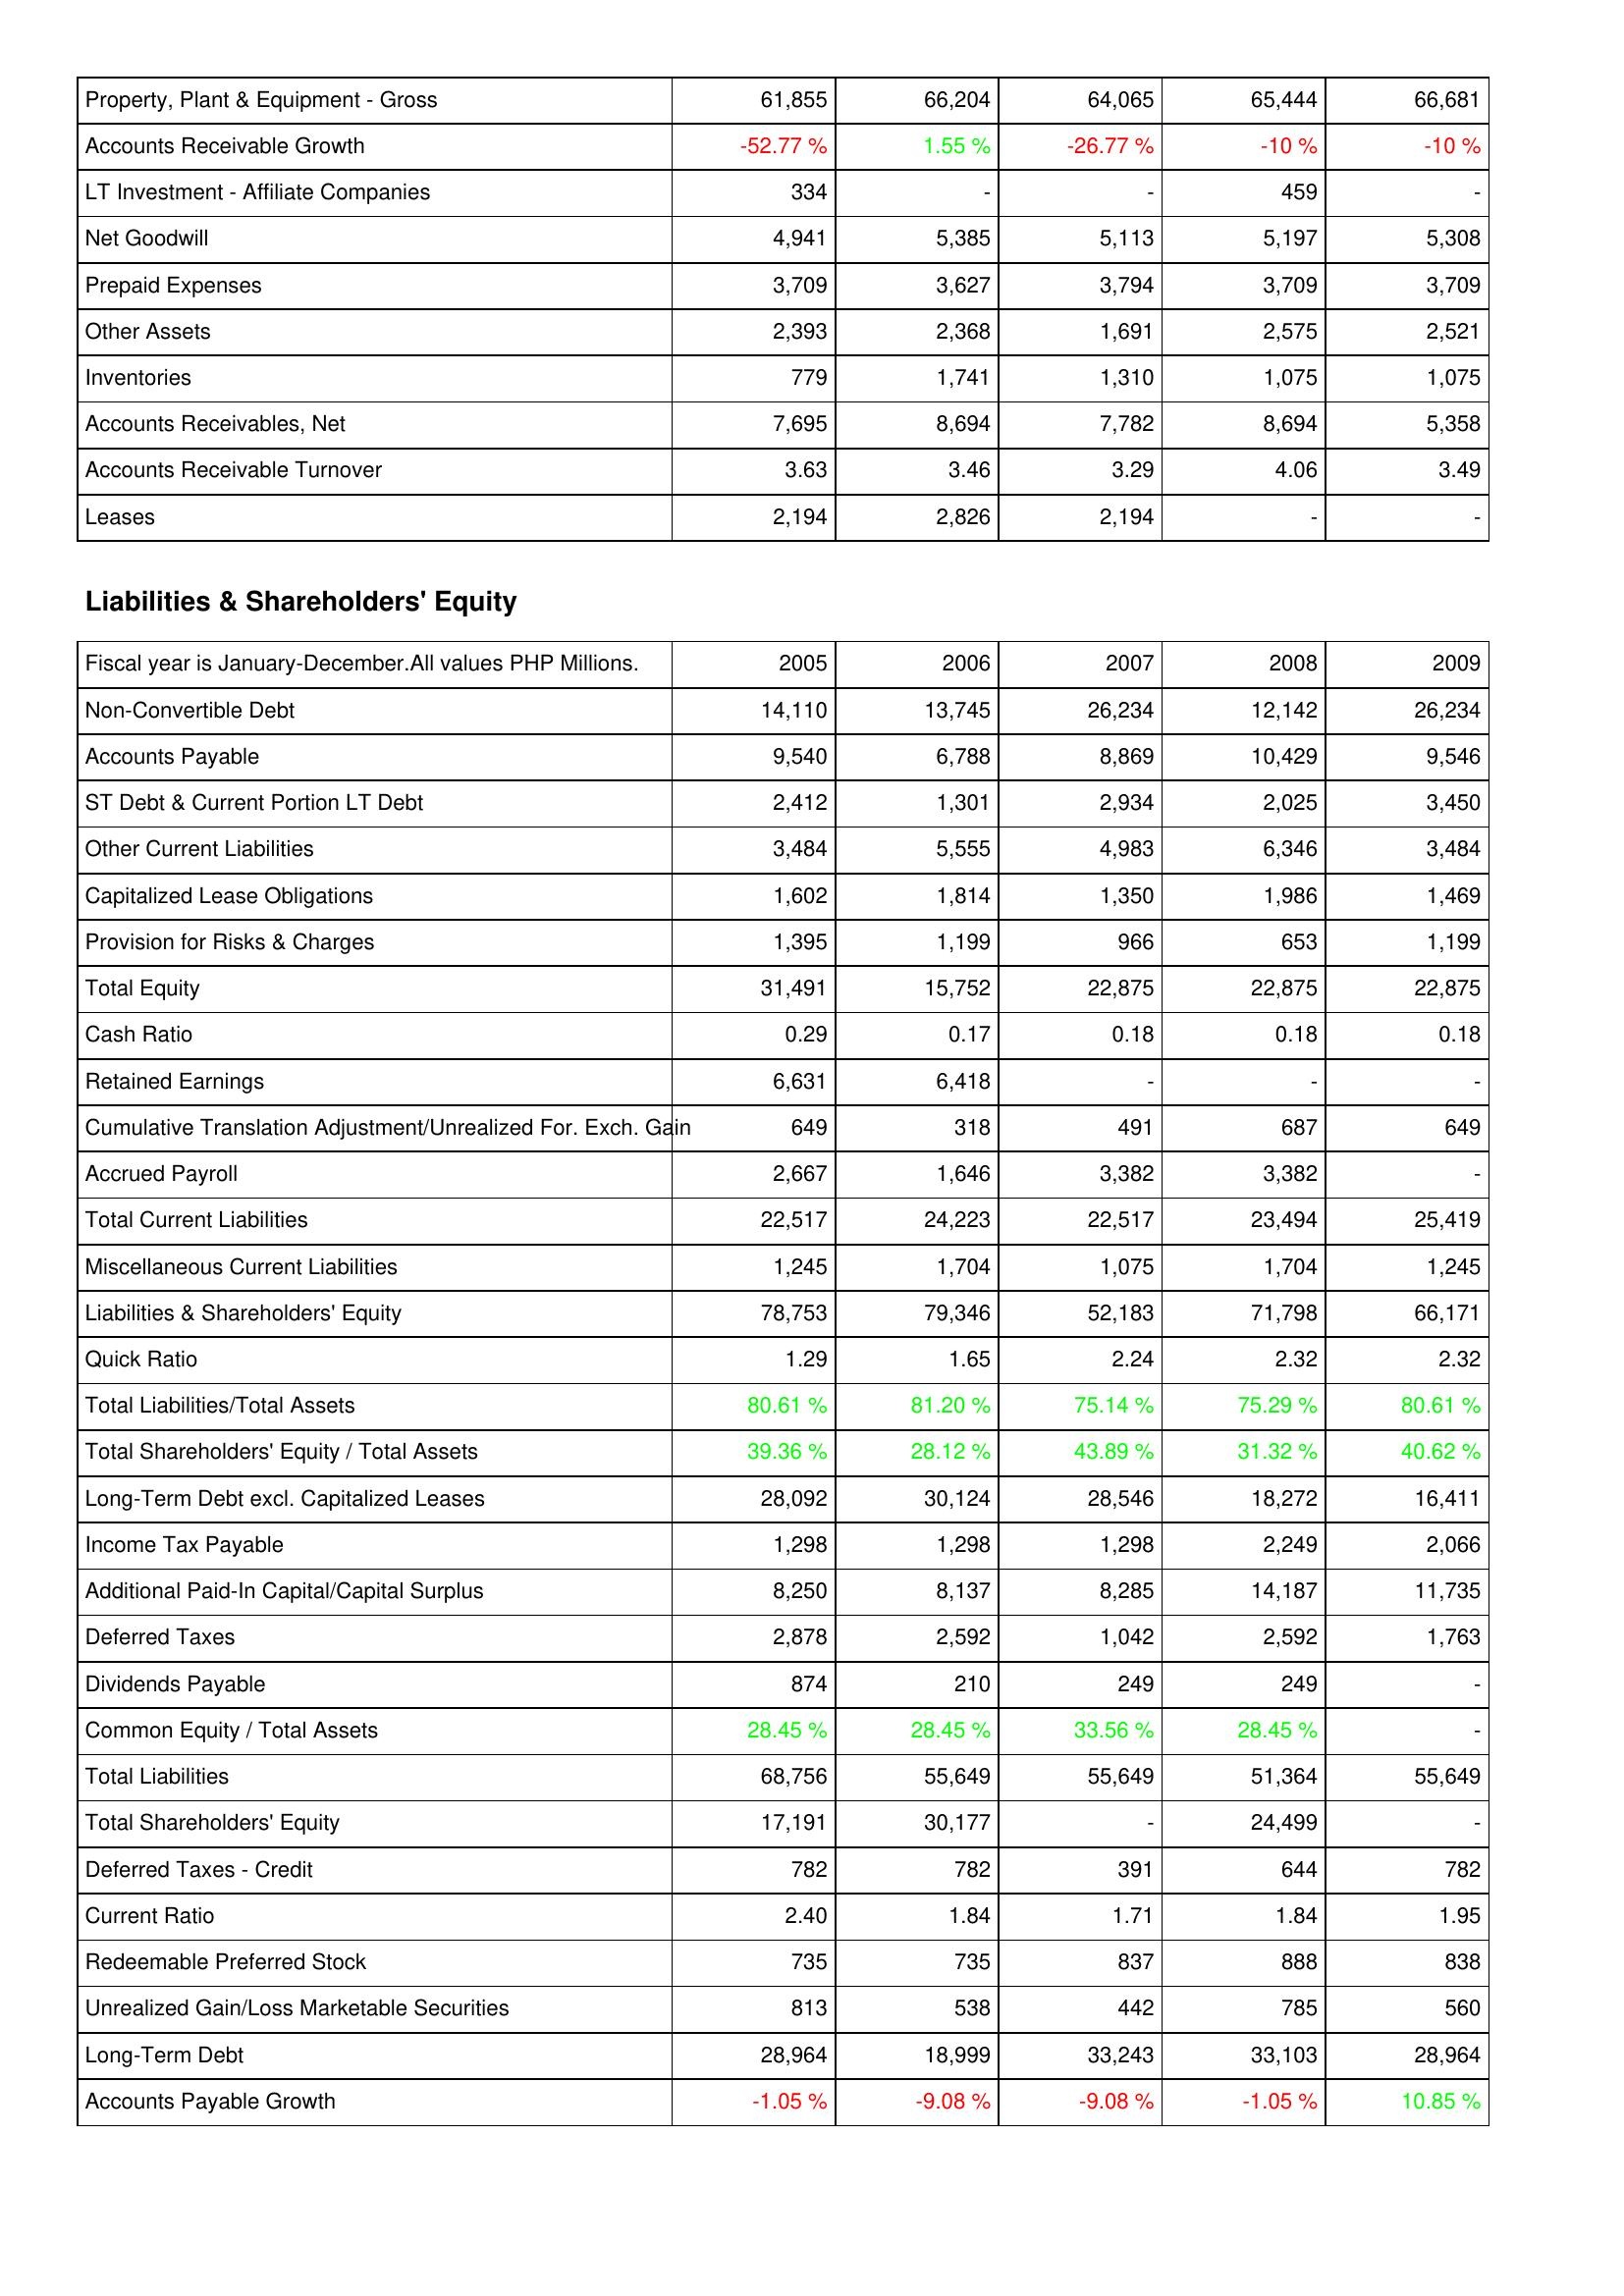
2005: Assets: Property, Plant & Equipment - Gross: 61,855
Accounts Receivable Growth: -52.77 %
LT Investment - Affiliate Companies: 334
Net Goodwill: 4,941
Prepaid Expenses: 3,709
Other Assets: 2,393
Inventories: 779
Accounts Receivables, Net: 7,695
Accounts Receivable Turnover: 3.63
Leases: 2,194
Liabilities & Shareholders' Equity: Non-Convertible Debt: 14,110
Accounts Payable: 9,540
ST Debt & Current Portion LT Debt: 2,412
Other Current Liabilities: 3,484
Capitalized Lease Obligations: 1,602
Provision for Risks & Charges: 1,395
Total Equity: 31,491
Cash Ratio: 0.29
Retained Earnings: 6,631
Cumulative Translation Adjustment/Unrealized For. Exch. Gain: 649
Accrued Payroll: 2,667
Total Current Liabilities: 22,517
Miscellaneous Current Liabilities: 1,245
Liabilities & Shareholders' Equity: 78,753
Quick Ratio: 1.29
Total Liabilities/Total Assets: 80.61 %
Total Shareholders' Equity / Total Assets: 39.36 %
Long-Term Debt excl. Capitalized Leases: 28,092
Income Tax Payable: 1,298
Additional Paid-In Capital/Capital Surplus: 8,250
Deferred Taxes: 2,878
Dividends Payable: 874
Common Equity / Total Assets: 28.45 %
Total Liabilities: 68,756
Total Shareholders' Equity: 17,191
Deferred Taxes - Credit: 782
Current Ratio: 2.40
Redeemable Preferred Stock: 735
Unrealized Gain/Loss Marketable Securities: 813
Long-Term Debt: 28,964
Accounts Payable Growth: -1.05 %
2006: Assets: Property, Plant & Equipment - Gross: 66,204
Accounts Receivable Growth: 1.55 %
LT Investment - Affiliate Companies: -
Net Goodwill: 5,385
Prepaid Expenses: 3,627
Other Assets: 2,368
Inventories: 1,741
Accounts Receivables, Net: 8,694
Accounts Receivable Turnover: 3.46
Leases: 2,826
Liabilities & Shareholders' Equity: Non-Convertible Debt: 13,745
Accounts Payable: 6,788
ST Debt & Current Portion LT Debt: 1,301
Other Current Liabilities: 5,555
Capitalized Lease Obligations: 1,814
Provision for Risks & Charges: 1,199
Total Equity: 15,752
Cash Ratio: 0.17
Retained Earnings: 6,418
Cumulative Translation Adjustment/Unrealized For. Exch. Gain: 318
Accrued Payroll: 1,646
Total Current Liabilities: 24,223
Miscellaneous Current Liabilities: 1,704
Liabilities & Shareholders' Equity: 79,346
Quick Ratio: 1.65
Total Liabilities/Total Assets: 81.20 %
Total Shareholders' Equity / Total Assets: 28.12 %
Long-Term Debt excl. Capitalized Leases: 30,124
Income Tax Payable: 1,298
Additional Paid-In Capital/Capital Surplus: 8,137
Deferred Taxes: 2,592
Dividends Payable: 210
Common Equity / Total Assets: 28.45 %
Total Liabilities: 55,649
Total Shareholders' Equity: 30,177
Deferred Taxes - Credit: 782
Current Ratio: 1.84
Redeemable Preferred Stock: 735
Unrealized Gain/Loss Marketable Securities: 538
Long-Term Debt: 18,999
Accounts Payable Growth: -9.08 %
2007: Assets: Property, Plant & Equipment - Gross: 64,065
Accounts Receivable Growth: -26.77 %
LT Investment - Affiliate Companies: -
Net Goodwill: 5,113
Prepaid Expenses: 3,794
Other Assets: 1,691
Inventories: 1,310
Accounts Receivables, Net: 7,782
Accounts Receivable Turnover: 3.29
Leases: 2,194
Liabilities & Shareholders' Equity: Non-Convertible Debt: 26,234
Accounts Payable: 8,869
ST Debt & Current Portion LT Debt: 2,934
Other Current Liabilities: 4,983
Capitalized Lease Obligations: 1,350
Provision for Risks & Charges: 966
Total Equity: 22,875
Cash Ratio: 0.18
Retained Earnings: -
Cumulative Translation Adjustment/Unrealized For. Exch. Gain: 491
Accrued Payroll: 3,382
Total Current Liabilities: 22,517
Miscellaneous Current Liabilities: 1,075
Liabilities & Shareholders' Equity: 52,183
Quick Ratio: 2.24
Total Liabilities/Total Assets: 75.14 %
Total Shareholders' Equity / Total Assets: 43.89 %
Long-Term Debt excl. Capitalized Leases: 28,546
Income Tax Payable: 1,298
Additional Paid-In Capital/Capital Surplus: 8,285
Deferred Taxes: 1,042
Dividends Payable: 249
Common Equity / Total Assets: 33.56 %
Total Liabilities: 55,649
Total Shareholders' Equity: -
Deferred Taxes - Credit: 391
Current Ratio: 1.71
Redeemable Preferred Stock: 837
Unrealized Gain/Loss Marketable Securities: 442
Long-Term Debt: 33,243
Accounts Payable Growth: -9.08 %
2008: Assets: Property, Plant & Equipment - Gross: 65,444
Accounts Receivable Growth: -10 %
LT Investment - Affiliate Companies: 459
Net Goodwill: 5,197
Prepaid Expenses: 3,709
Other Assets: 2,575
Inventories: 1,075
Accounts Receivables, Net: 8,694
Accounts Receivable Turnover: 4.06
Leases: -
Liabilities & Shareholders' Equity: Non-Convertible Debt: 12,142
Accounts Payable: 10,429
ST Debt & Current Portion LT Debt: 2,025
Other Current Liabilities: 6,346
Capitalized Lease Obligations: 1,986
Provision for Risks & Charges: 653
Total Equity: 22,875
Cash Ratio: 0.18
Retained Earnings: -
Cumulative Translation Adjustment/Unrealized For. Exch. Gain: 687
Accrued Payroll: 3,382
Total Current Liabilities: 23,494
Miscellaneous Current Liabilities: 1,704
Liabilities & Shareholders' Equity: 71,798
Quick Ratio: 2.32
Total Liabilities/Total Assets: 75.29 %
Total Shareholders' Equity / Total Assets: 31.32 %
Long-Term Debt excl. Capitalized Leases: 18,272
Income Tax Payable: 2,249
Additional Paid-In Capital/Capital Surplus: 14,187
Deferred Taxes: 2,592
Dividends Payable: 249
Common Equity / Total Assets: 28.45 %
Total Liabilities: 51,364
Total Shareholders' Equity: 24,499
Deferred Taxes - Credit: 644
Current Ratio: 1.84
Redeemable Preferred Stock: 888
Unrealized Gain/Loss Marketable Securities: 785
Long-Term Debt: 33,103
Accounts Payable Growth: -1.05 %
2009: Assets: Property, Plant & Equipment - Gross: 66,681
Accounts Receivable Growth: -10 %
LT Investment - Affiliate Companies: -
Net Goodwill: 5,308
Prepaid Expenses: 3,709
Other Assets: 2,521
Inventories: 1,075
Accounts Receivables, Net: 5,358
Accounts Receivable Turnover: 3.49
Leases: -
Liabilities & Shareholders' Equity: Non-Convertible Debt: 26,234
Accounts Payable: 9,546
ST Debt & Current Portion LT Debt: 3,450
Other Current Liabilities: 3,484
Capitalized Lease Obligations: 1,469
Provision for Risks & Charges: 1,199
Total Equity: 22,875
Cash Ratio: 0.18
Retained Earnings: -
Cumulative Translation Adjustment/Unrealized For. Exch. Gain: 649
Accrued Payroll: -
Total Current Liabilities: 25,419
Miscellaneous Current Liabilities: 1,245
Liabilities & Shareholders' Equity: 66,171
Quick Ratio: 2.32
Total Liabilities/Total Assets: 80.61 %
Total Shareholders' Equity / Total Assets: 40.62 %
Long-Term Debt excl. Capitalized Leases: 16,411
Income Tax Payable: 2,066
Additional Paid-In Capital/Capital Surplus: 11,735
Deferred Taxes: 1,763
Dividends Payable: -
Common Equity / Total Assets: -
Total Liabilities: 55,649
Total Shareholders' Equity: -
Deferred Taxes - Credit: 782
Current Ratio: 1.95
Redeemable Preferred Stock: 838
Unrealized Gain/Loss Marketable Securities: 560
Long-Term Debt: 28,964
Accounts Payable Growth: 10.85 %